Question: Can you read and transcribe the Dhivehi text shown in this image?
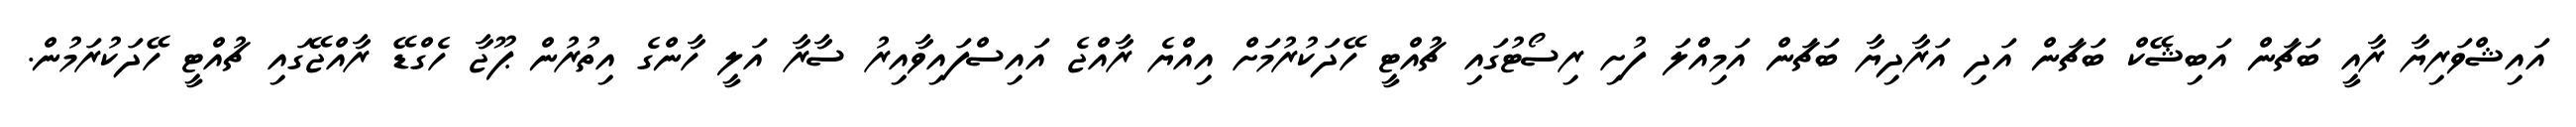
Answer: އައިޝްވަރިޔާ ރާއީ ބަޗަން އަބިޝޭކް ބަޗަން އަދި އަރާދިޔާ ބަޗަން އަމިއްލަ ފުށި ރިސޯޓުގައި ޗުއްޓީ ހޭދަކުރުމަށް އިއްޔެ ރާއްޖެ އައިސްފައިވާއިރު ސާރާ އަލީ ހާންގެ އިތުރުން ޕޫޖާ ހެގްޑޭ ރާއްޖޭގައި ޗުއްޓީ ހޭދަކުރަމުން.